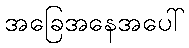
အခြေအနေအပေါ်